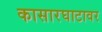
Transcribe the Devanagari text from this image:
कासारघाटावर